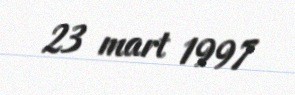
23 mart 1997